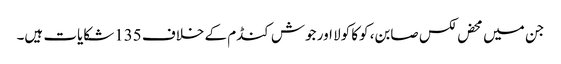
جن میں محض لکس صابن، کوکا کولا اور جوش کنڈم کے خلاف 135شکایات ہیں۔